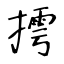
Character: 摴